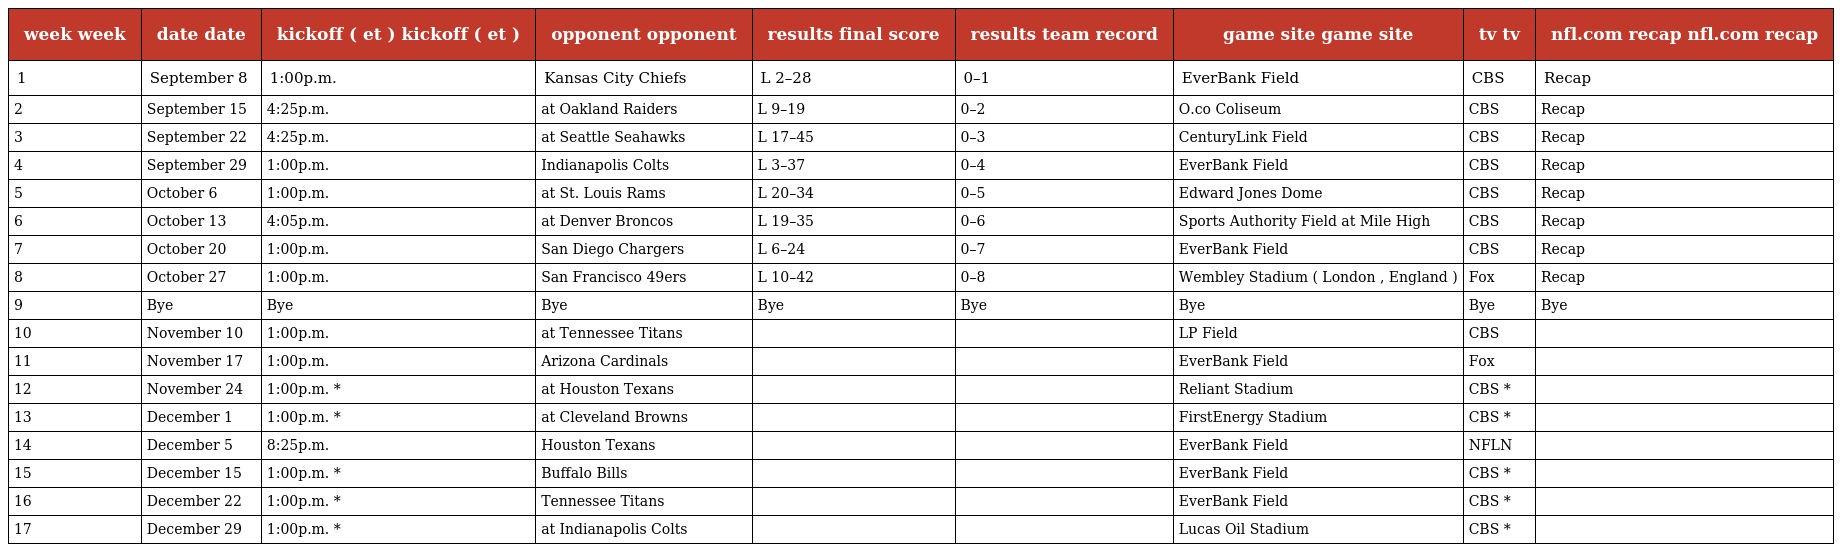
| week week | date date | kickoff ( et ) kickoff ( et ) | opponent opponent | results final score | results team record | game site game site | tv tv | nfl.com recap nfl.com recap |
 | --- | --- | --- | --- | --- | --- | --- | --- | --- |
 | 1 | September 8 | 1:00p.m. | Kansas City Chiefs | L 2–28 | 0–1 | EverBank Field | CBS | Recap |
 | 2 | September 15 | 4:25p.m. | at Oakland Raiders | L 9–19 | 0–2 | O.co Coliseum | CBS | Recap |
 | 3 | September 22 | 4:25p.m. | at Seattle Seahawks | L 17–45 | 0–3 | CenturyLink Field | CBS | Recap |
 | 4 | September 29 | 1:00p.m. | Indianapolis Colts | L 3–37 | 0–4 | EverBank Field | CBS | Recap |
 | 5 | October 6 | 1:00p.m. | at St. Louis Rams | L 20–34 | 0–5 | Edward Jones Dome | CBS | Recap |
 | 6 | October 13 | 4:05p.m. | at Denver Broncos | L 19–35 | 0–6 | Sports Authority Field at Mile High | CBS | Recap |
 | 7 | October 20 | 1:00p.m. | San Diego Chargers | L 6–24 | 0–7 | EverBank Field | CBS | Recap |
 | 8 | October 27 | 1:00p.m. | San Francisco 49ers | L 10–42 | 0–8 | Wembley Stadium ( London , England ) | Fox | Recap |
 | 9 | Bye | Bye | Bye | Bye | Bye | Bye | Bye | Bye |
 | 10 | November 10 | 1:00p.m. | at Tennessee Titans |  |  | LP Field | CBS |  |
 | 11 | November 17 | 1:00p.m. | Arizona Cardinals |  |  | EverBank Field | Fox |  |
 | 12 | November 24 | 1:00p.m. * | at Houston Texans |  |  | Reliant Stadium | CBS * |  |
 | 13 | December 1 | 1:00p.m. * | at Cleveland Browns |  |  | FirstEnergy Stadium | CBS * |  |
 | 14 | December 5 | 8:25p.m. | Houston Texans |  |  | EverBank Field | NFLN |  |
 | 15 | December 15 | 1:00p.m. * | Buffalo Bills |  |  | EverBank Field | CBS * |  |
 | 16 | December 22 | 1:00p.m. * | Tennessee Titans |  |  | EverBank Field | CBS * |  |
 | 17 | December 29 | 1:00p.m. * | at Indianapolis Colts |  |  | Lucas Oil Stadium | CBS * |  |